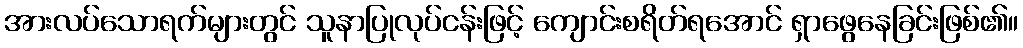
အားလပ်သောရက်များတွင် သူနာပြုလုပ်ငန်းဖြင့် ကျောင်းစရိတ်ရအောင် ရှာဖွေနေခြင်းဖြစ်၏။